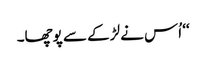
‘‘ اُس نے لڑکے سے پوچھا۔